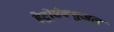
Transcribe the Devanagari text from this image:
हेट्रोसेक्शुअल